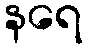
နရေ